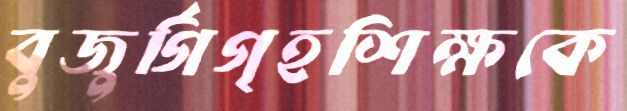
বুজুর্গিগৃহশিক্ষকে